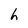
Character: h